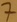
Text: 7